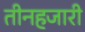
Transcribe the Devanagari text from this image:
तीनहजारी